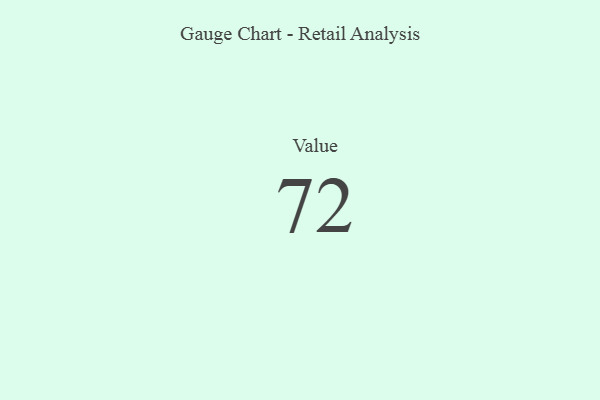
{"axis": {"x": "Metric", "y": "Value"}, "legend": [""], "data": [{"x": "Value", "y": 72, "type": ""}]}